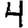
Digit: 4